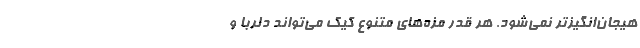
هیجان‌انگیزتر نمی‌شود. هر قدر مزه‌های متنوع کیک می‌تواند دلربا و